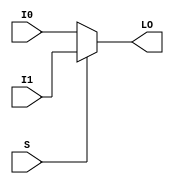
// $Header: /devl/xcs/repo/env/Databases/CAEInterfaces/verunilibs/s/MUXF5_L.v,v 1.8.22.1 2003/11/18 20:41:37 wloo Exp $

/*

FUNCTION	: 2 to 1 Multiplexer for Carry Logic

*/

`timescale  100 ps / 10 ps


module MUXF5_L (LO, I0, I1, S);

    output LO;
    reg    lo_out;

    input  I0, I1, S;

    buf B1 (LO, lo_out);

	always @(I0 or I1 or S) begin
	    if (S)
		lo_out <= I1;
	    else
		lo_out <= I0;
	end

    specify
	(I0 => LO) = (0, 0);
	(I1 => LO) = (0, 0);
	(S  => LO) = (0, 0);
    endspecify

endmodule